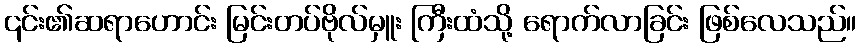
၎င်း၏ဆရာဟောင်း မြင်းတပ်ဗိုလ်မှူး ကြီးထံသို့ ရောက်လာခြင်း ဖြစ်လေသည်။